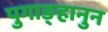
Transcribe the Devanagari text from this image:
पुगाङ्हानुन